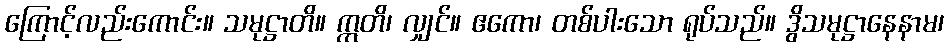
ကြောင့်လည်းကောင်း။ သမုဋ္ဌာတိ။ ဣတိ၊ လျှင်။ ဧကော၊ တစ်ပါးသော ရုပ်သည်။ ဒွိသမုဋ္ဌာနေနာမ၊